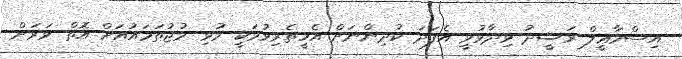
އިސްމާޢީލް ރަޝީދު ވިދާޅުވީ އެފަދަ ކުދިންނަށް އެހީތެރިވުމަކީ މުޅި މުޖުތަމައުއަށް އޮތް ވަރަށް